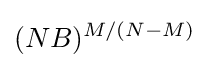
(NB)^{M/(N-M)}